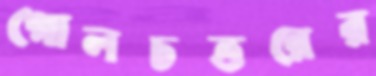
গোলচত্তরের